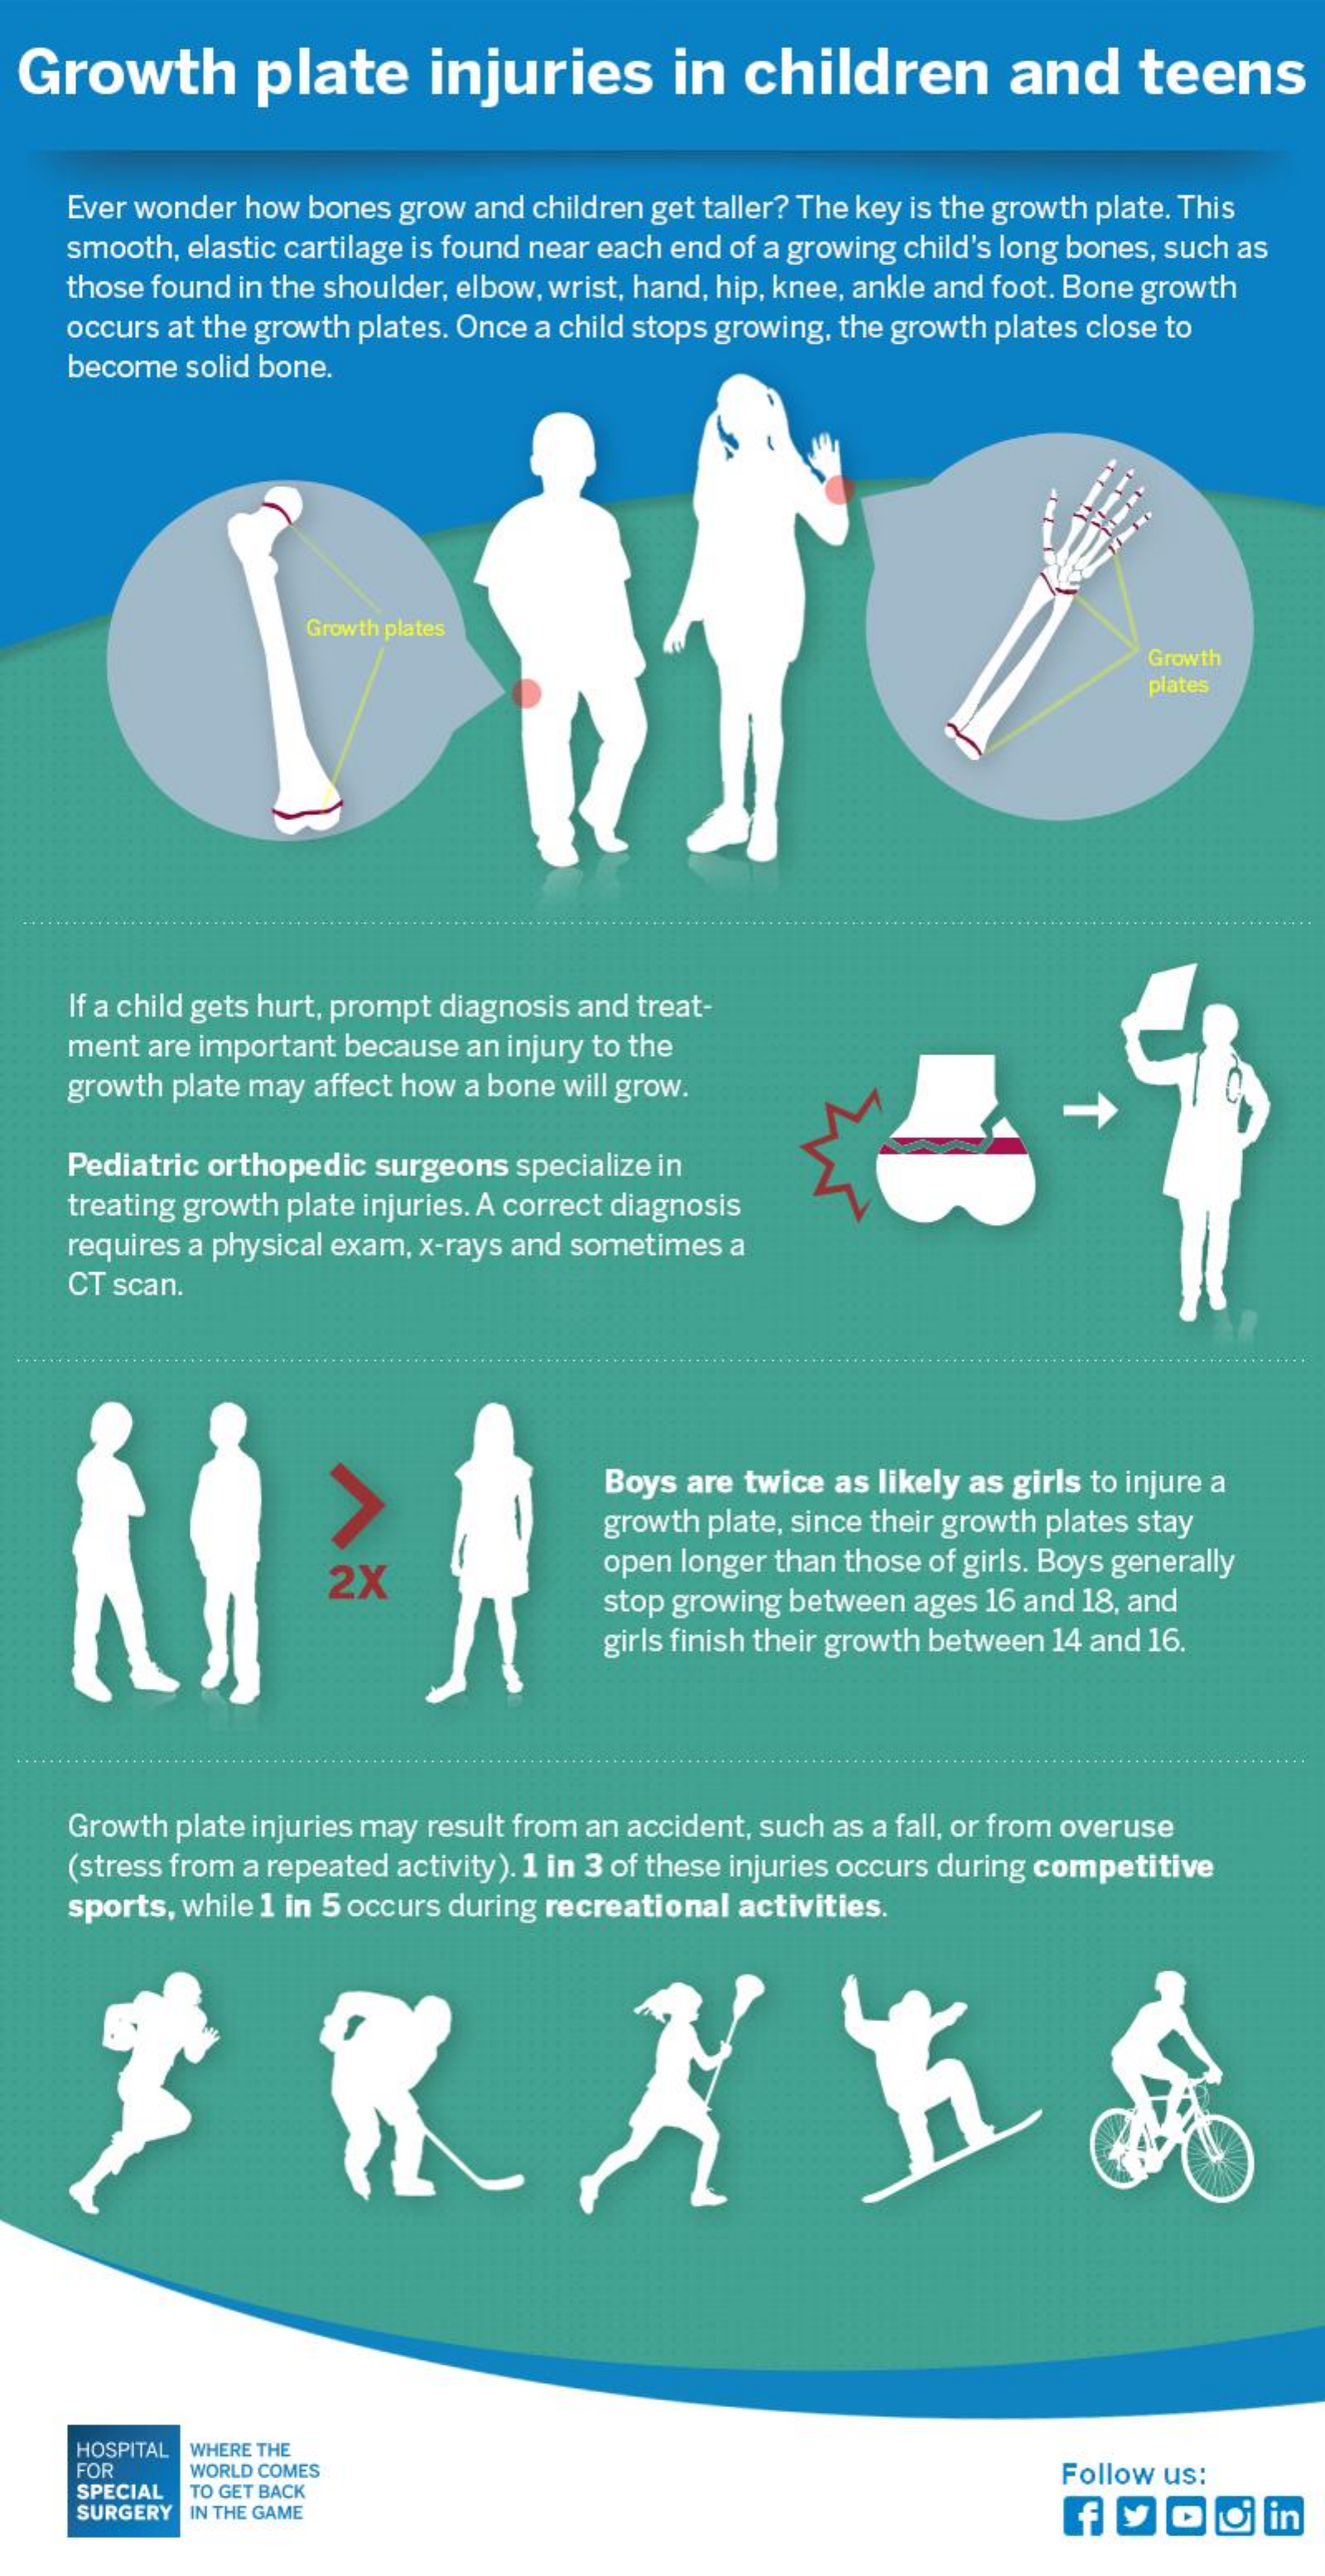
Growth    plate    injuries    in   children    and    teens
    Ever wonder how bones grow and children get taller? The key is the growth plate. This
    smooth, elastic cartilage is found near each end of a growing child's long bones, such as
    those found in the shoulder, elbow, wrist, hand, hip, knee, ankle and foot. Bone growth
    occurs at the growth plates. Once a child stops growing, the growth plates close to
     become solid bone.
     Growth plates
     Growth
     plates
  ....    ........
     If a child gets hurt, prompt diagnosis and treat-
     ment are important because an injury to the
     growth plate may affect how a bone will grow.
     Pediatric orthopedic surgeons specialize in
    treating growth plate injuries. A correct diagnosis
     requires a physical exam, x-rays and sometimes a
    CT scan.
     Boys are twice as likely as girls to injure a
     growth plate, since their growth plates stay
     2X    open longer than those of girls. Boys generally
     stop growing between ages 16 and 18, and
     girls finish their growth between 14 and 16.
     ....
    Growth plate injuries may result from an accident, such as a fall, or from overuse
    (stress from a repeated activity). 1 in 3 of these injuries occurs during competitive
     sports, while 1 in 5 occurs during recreational activities.
     HOSPITAL WHERE THE
     FOR    WORLD COMES    Follow us:
     SPECIAL TO GET BACK
     SURGERY IN THE GAME    1 900    in